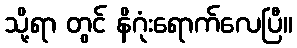
သို့ရာ တွင် နိဂုံးရောက်လေပြီ။